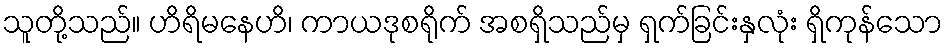
သူတို့သည်။ ဟိရိမနေဟိ၊ ကာယဒုစရိုက် အစရှိသည်မှ ရှက်ခြင်းနှလုံး ရှိကုန်သော